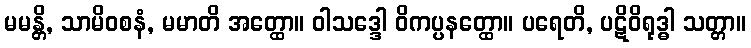
မမန္တိ, သာမိဝစနံ, မမာတိ အတ္ထော။ ဝါသဒ္ဒေါ ဝိကပ္ပနတ္ထော။ ပရေတိ, ပဋိဝိရုဒ္ဓါ သတ္တာ။